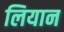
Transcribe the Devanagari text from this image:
लियान